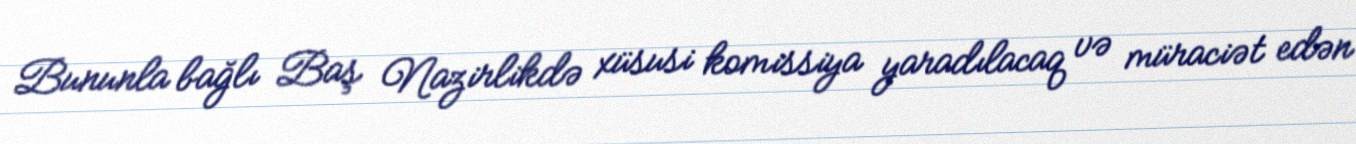
Bununla bağlı Baş Nazirlikdə xüsusi komissiya yaradılacaq və müraciət edən